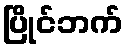
ပြိုင်ဘက်